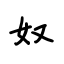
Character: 奴